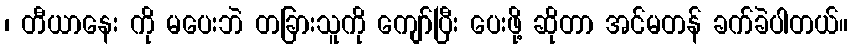
၊ တီယာနေး ကို မပေးဘဲ တခြားသူကို ကျော်ပြီး ပေးဖို့ ဆိုတာ အင်မတန် ခက်ခဲပါတယ်။